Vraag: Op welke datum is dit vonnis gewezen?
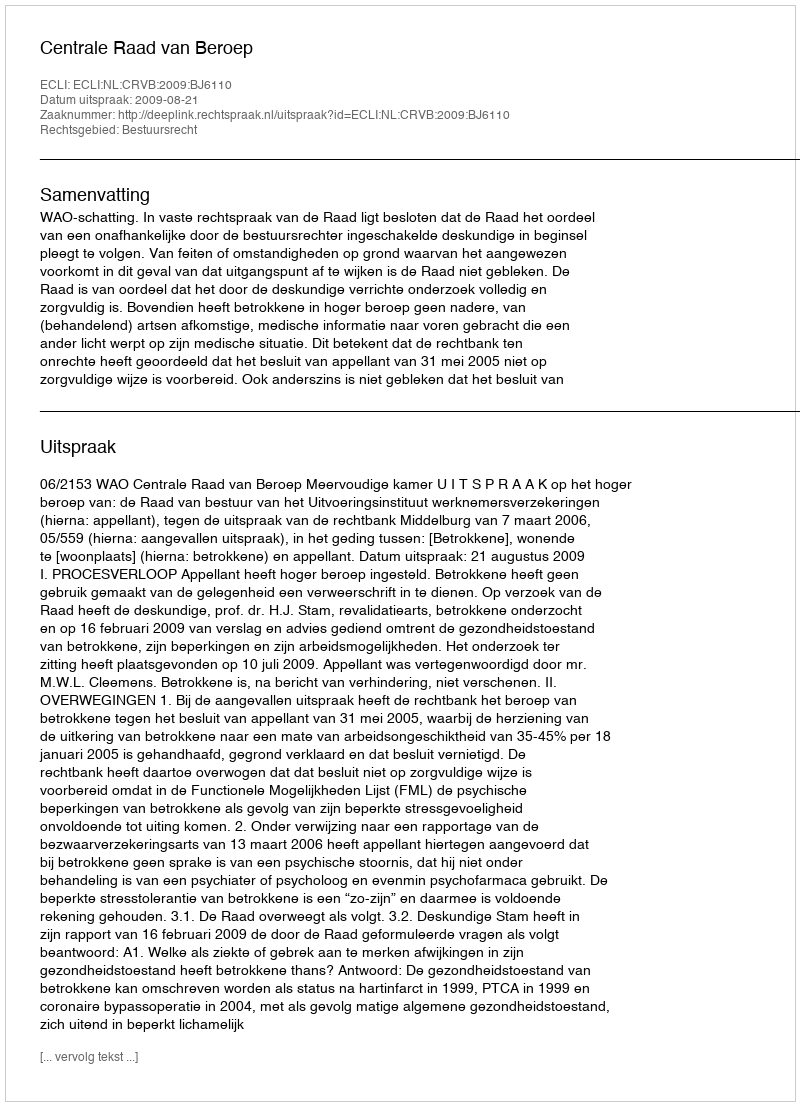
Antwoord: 2009-08-21